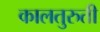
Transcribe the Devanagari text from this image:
कालतुरुती